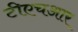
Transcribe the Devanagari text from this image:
टीएचआर